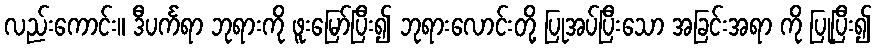
လည်းကောင်း။ ဒီပင်္ကရာ ဘုရားကို ဖူးမြော်ပြီး၍ ဘုရားလောင်းတို့ ပြုအပ်ပြီးသော အခြင်းအရာ ကို ပြုပြီး၍